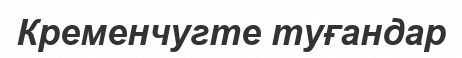
Кременчугте туғандар